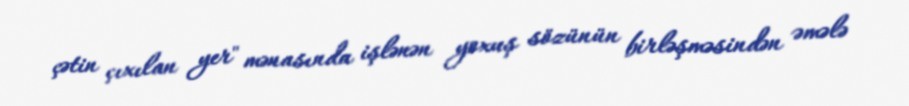
çətin çıxılan yer" mənasında işlənən yoxuş sözünün birləşməsindən əmələ